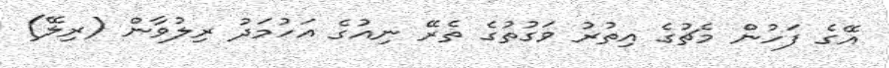
އޭގެ ފަހުން މެޗުގެ އިތުރު ވަގުތުގެ ތެރޭ ނިއުގެ އަހުމަދު ރިލުވާން (ރިލޭ)